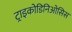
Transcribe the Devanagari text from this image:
ट्राइकोडिनिओसिस